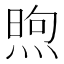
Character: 煦